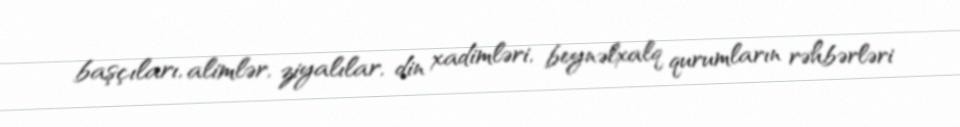
başçıları, alimlər, ziyalılar, din xadimləri, beynəlxalq qurumların rəhbərləri